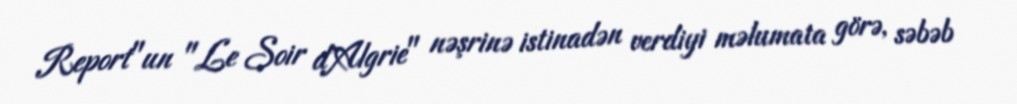
Report"un "Le Soir d'Algrie" nəşrinə istinadən verdiyi məlumata görə, səbəb